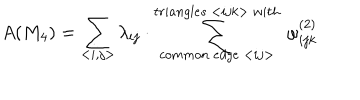
A ( M _ { 4 } ) = \sum _ { < i , j > } \lambda _ { i j } \cdot \sum _ { c o m m o n ~ e d g e ~ < i j > } ^ { t r i a n g l e s ~ < i j k > ~ w i t h } ~ \omega _ { i j k } ^ { ( 2 ) }